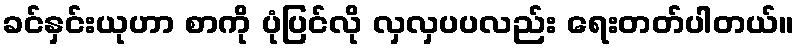
ခင်နှင်းယုဟာ စာကို ပုံပြင်လို လှလှပပလည်း ရေးတတ်ပါတယ်။